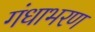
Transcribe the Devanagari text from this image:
गंधाभरण